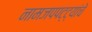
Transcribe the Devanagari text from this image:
नामजपपट्ट्यांचे